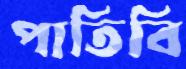
পাতিবি